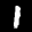
Label: 1